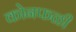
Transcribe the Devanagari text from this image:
कोनफळी